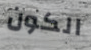
الكون